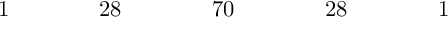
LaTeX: \begin{array} { c c c c c c c c c c c c c c c c c } { { 1 } } & { { } } & { { } } & { { } } & { { 2 8 } } & { { } } & { { } } & { { } } & { { 7 0 } } & { { } } & { { } } & { { } } & { { 2 8 } } & { { } } & { { } } & { { } } & { { 1 } } \end{array}